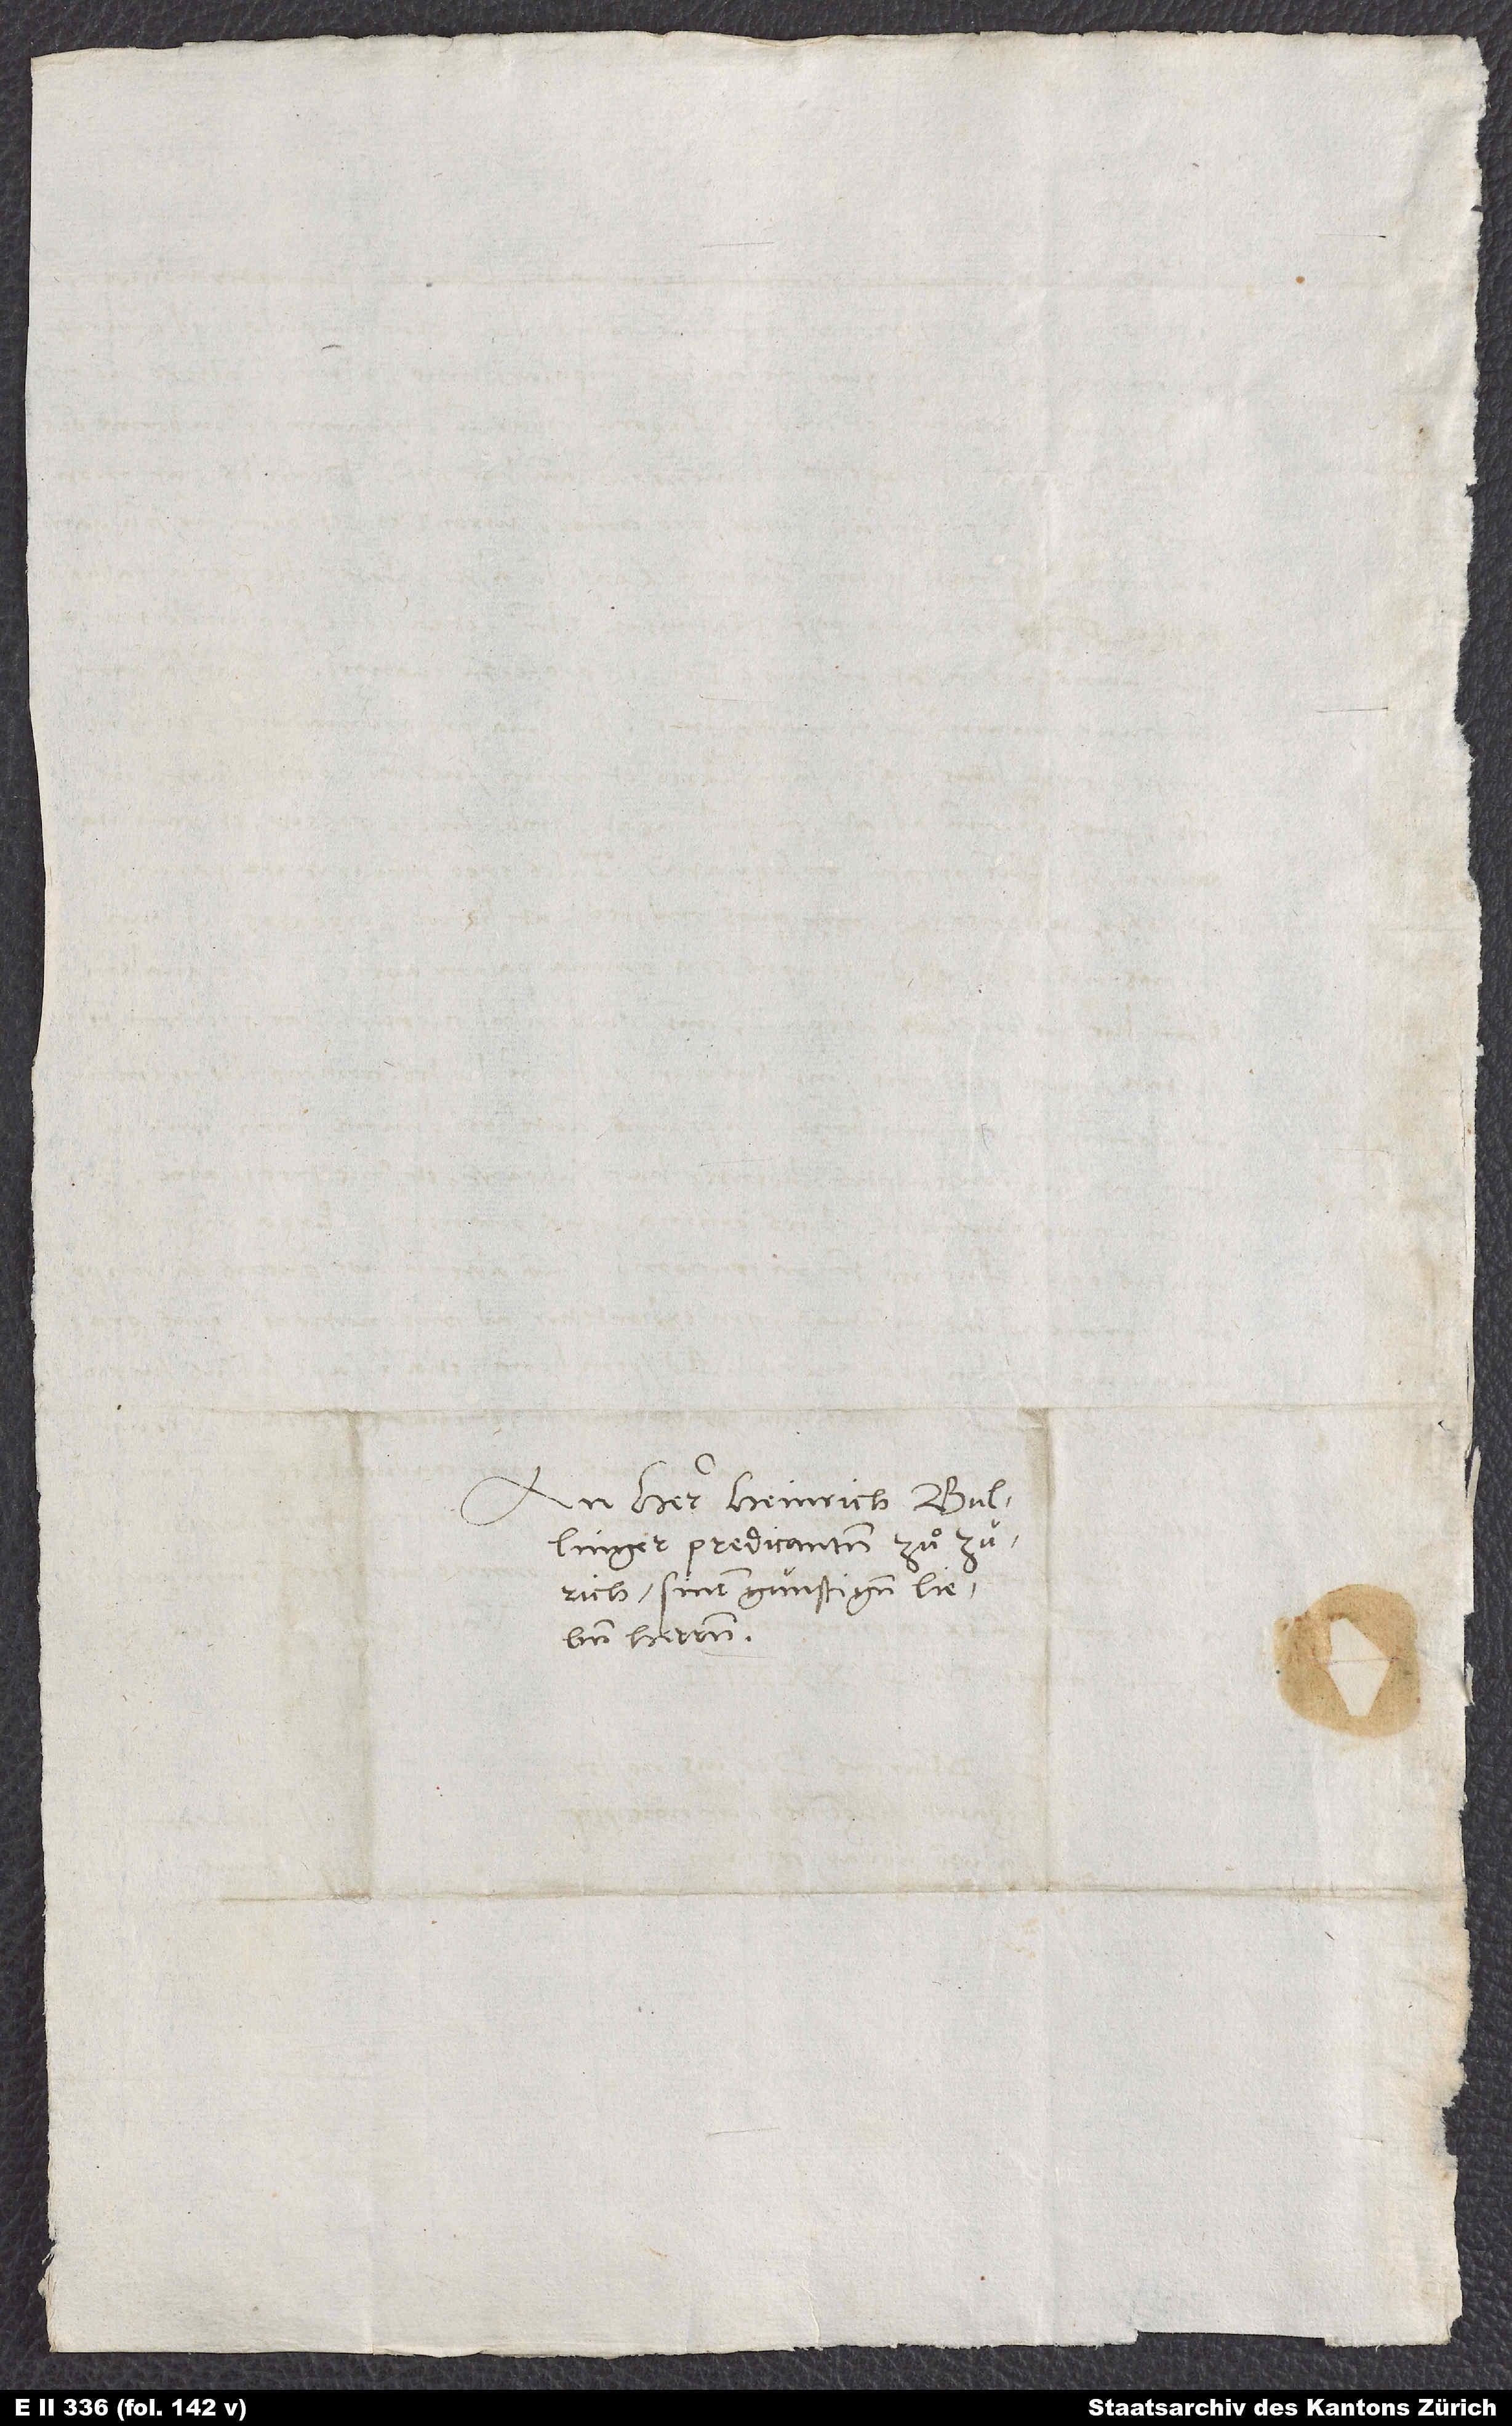
An herr Heinrich Bullinger,
predicanten zuͦ Zürich,
sinem günstigen, lieben
herren.